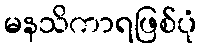
မနသိကာရဖြစ်ပုံ